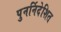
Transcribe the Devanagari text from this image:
पुनर्निदेशित